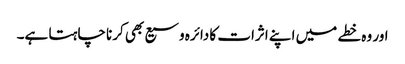
اور وہ خطے میں اپنے اثرات کا دائرہ وسیع بھی کرنا چاہتا ہے۔